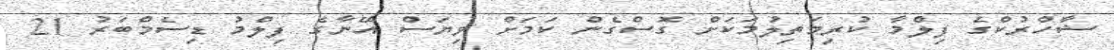
ޝާހްރުކްގެ ފިލްމާ ކުރިމަތިލުމަކަށް ގޮސްގެން ކަމަށް ވިޔަސް އޭނާގެ ފިލްމު ޑިސެމްބަރު 21